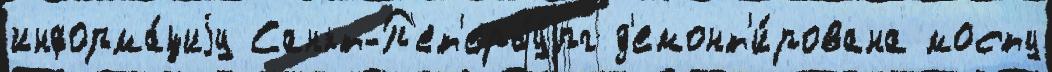
информа́циjу Санкт-П'ет'ербу́рг д'емонт'и́рована мосту